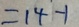
= 1 4 - 1